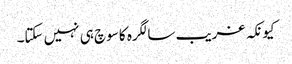
کیونکہ غریب سالگرہ کا سوچ ہی نہیں سکتا۔